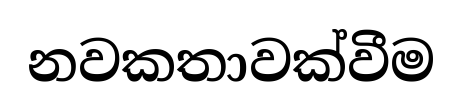
නවකතාවක්වීම